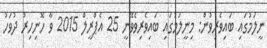
ނީލަމުގައި ބައިވެރިވުން: މިނީލަމުގައި ބައިވެރިވެވޭނީ 25 އެޕްރީލް 2015 ވާ ހޮނިހިރު ދުވަހު